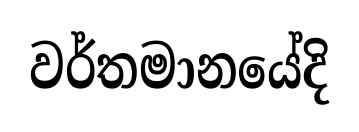
වර්තමානයේදි